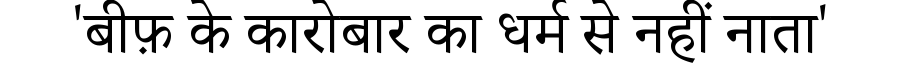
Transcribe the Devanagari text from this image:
'बीफ़ के कारोबार का धर्म से नहीं नाता'